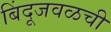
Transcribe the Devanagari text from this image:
बिंदूजवळची